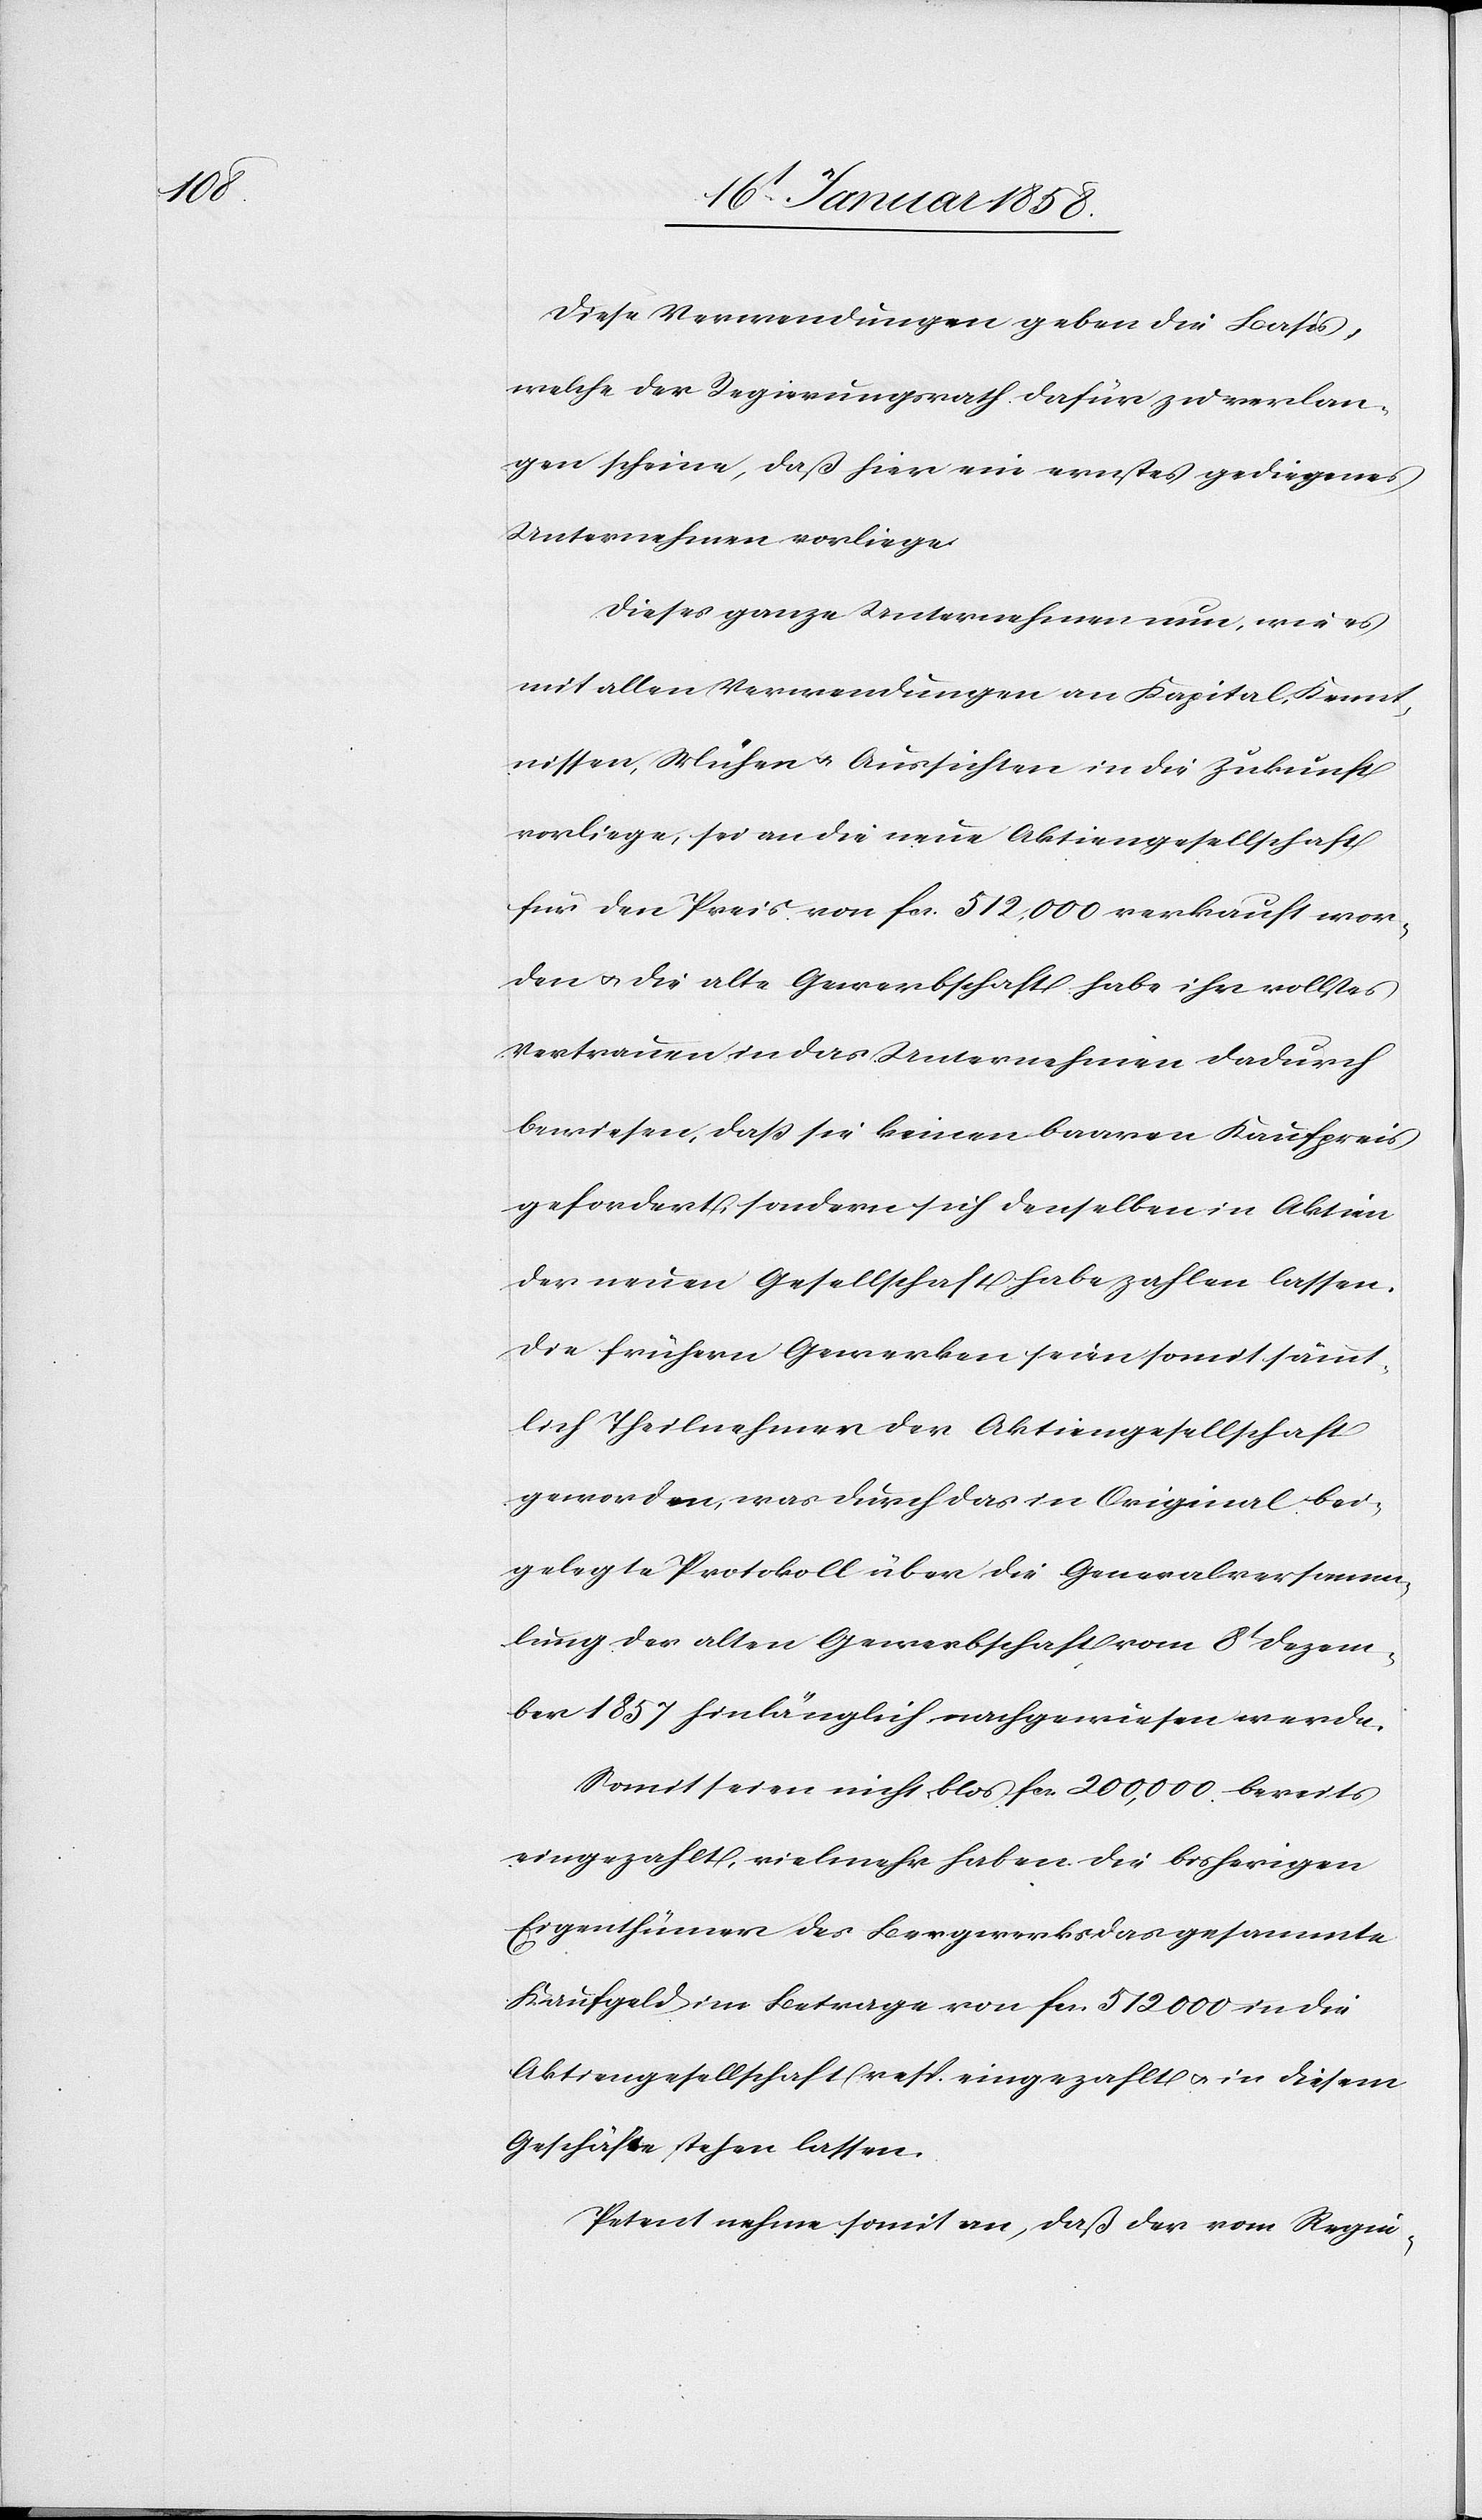
Diese Verwendungen geben die Basis,
welche der Regierungsrath dafür zu verlan¬
gen scheine, daß hier ein ernstes gediegenes
Unternehmen vorliege.
Dieses ganze Unternehmen nun, wie es
mit allen Verwendungen an Kapital, Kennt¬
nissen, Mühen u. Aussichten in die Zukunft
vorliege, sei an die neue Aktiengesellschaft
für den Preis von fr. 512,000 verkauft wor¬
den u. die alte Gewerbschaft habe ihr vollstes
Vertrauen in das Unternehmen dadurch
bewiesen, daß sie keinen baaren Kaufpreis
gefordert, sondern sich denselben in Aktien
der neuen Gesellschaft habe zahlen lassen.
Die frühern Gewerken seien somit sämmt¬
lich Theilnehmer der Aktiengesellschaft
geworden, was durch das in Original bei¬
gelegte Protokoll über die Generalversamm¬
lung der alten Gewerbschaft vom 8t Dezem¬
ber 1857 hinlänglich nachgewiesen werde.
Somit seien nicht blos fr. 200,000 bereits
eingezahlt, vielmehr haben die bisherigen
Eigenthümer des Bergwerks das gesammte
Kaufgeld im Betrage von fr. 512 000 in die
Aktiengesellschaft resp. eingezahlt u. in diesem
Geschäfte stehen lassen.
Petent nehme somit an, daß der vom Regie-